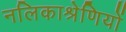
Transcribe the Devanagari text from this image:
नलिकाश्रेणियों